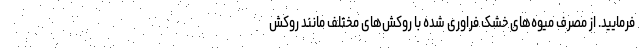
فرمایید. از مصرف میوه‌های خشک فراوری شده با روکش‌های مختلف مانند روکش